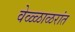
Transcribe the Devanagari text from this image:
वेळ्ळाळरांत